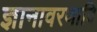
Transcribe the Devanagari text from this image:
ज्ञानावरणादि